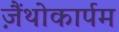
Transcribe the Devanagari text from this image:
ज़ैंथोकार्पम